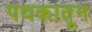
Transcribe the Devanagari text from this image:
पथकातून